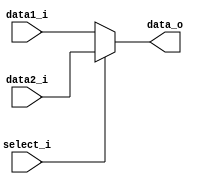
module MUX32
(
	data1_i,
	data2_i,
	select_i,
	data_o
);

input	[31:0]	data1_i,data2_i;
input			select_i;
output	[31:0]	data_o;

assign data_o = (select_i)?data2_i:data1_i;

endmodule